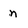
Character: n